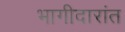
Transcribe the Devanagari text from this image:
भागीदारांत